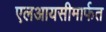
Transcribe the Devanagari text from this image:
एलआयसीमार्फत